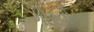
ગૌરવોના